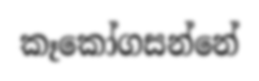
කෑකෝගසන්නේ